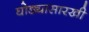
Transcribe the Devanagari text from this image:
घोड्यासारखी